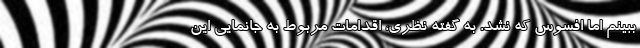
ببینم اما افسوس که نشد. به گفته نظری، اقدامات مربوط به جانمایی این